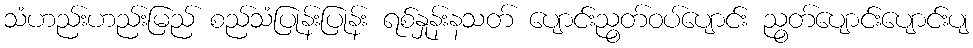
သံဟည်းဟည်းမြည် စည်သံပြုန်းပြုန်း ရစ်နှုန်းနသတ် ပျောင်းညွတ်ဝပ်ပျောင်း ညွတ်ပျောင်းပျောင်းပျ